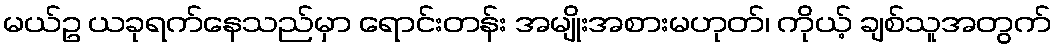
မယ်ဥ ယခုရက်နေသည်မှာ ရောင်းတန်း အမျိုးအစားမဟုတ်၊ ကိုယ့် ချစ်သူအတွက်